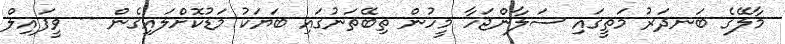
މާލޭގެ ބަނދަރު މަތީގައި ސަލާންޖަހާ މީހުން ތިބޭތަނުގައި ބަަޔަކު މަޑުކޮށްލައިގެން -- ވީފައިލް